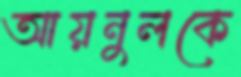
আয়নুলকে